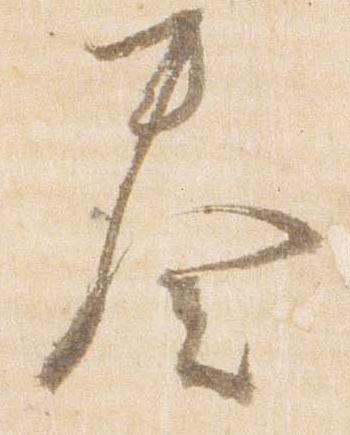
奏